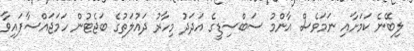
ލިބޭނެ ކަމަށާއި ނަމަވެސް އާންމު ސަބްސިޑީގެ އަދަދު މިހާރު ދައުލަތުގެ ބަޖެޓުން ހަމަޖައްސާފައިވާ